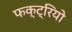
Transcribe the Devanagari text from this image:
फक्ट्रियो